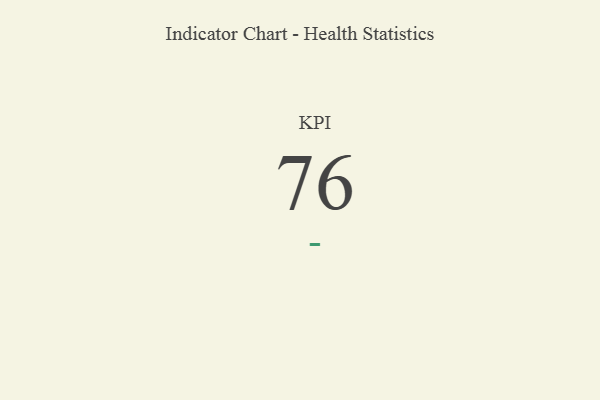
{"axis": {"x": "KPI", "y": "Value"}, "legend": [""], "data": [{"x": "KPI", "y": 76, "type": ""}]}